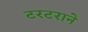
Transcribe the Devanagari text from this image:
टरटराने